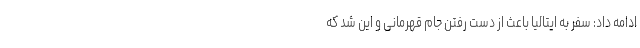
ادامه داد: سفر به ایتالیا باعث از دست رفتن جام قهرمانی و این شد که